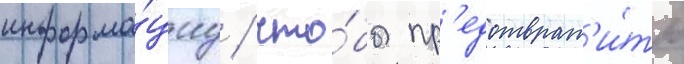
информа́циу / что́бы пр'едотврат'и́ть